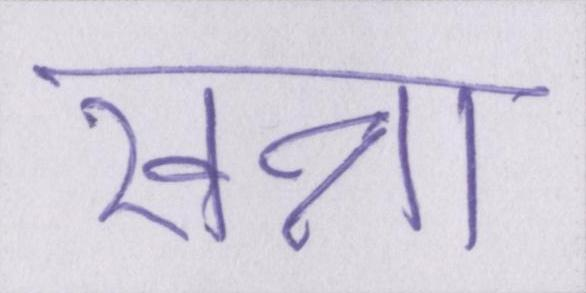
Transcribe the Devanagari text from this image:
खन्ना